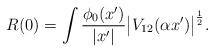
LaTeX: \begin{align*}R(0) = \int \frac{\phi_0 (x')}{|x'|} \bigl|V_{12} (\alpha x')\bigr|^{\frac 12} . \end{align*}